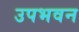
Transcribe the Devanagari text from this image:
उपभवन